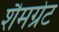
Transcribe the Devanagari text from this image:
शैमग्रेट